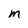
Character: M